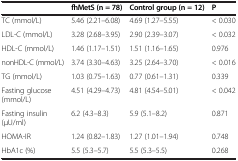
|  | fhMetS (n = 78) | Control group (n = 12) | P |
 | --- | --- | --- | --- |
 | TC (mmol/L) | 5.46 (2.21–6.08) | 4.69 (1.27–5.55) | < 0.030 |
 | LDL-C (mmol/L) | 3.28 (2.68–3.95) | 2.90 (2.39–3.07) | < 0.032 |
 | HDL-C (mmol/L) | 1.46 (1.17–1.51) | 1.51 (1.16–1.65) | 0.976 |
 | nonHDL-C (mmol/L) | 3.74 (3.30–4.63) | 3.25 (2.64–3.70) | < 0.016 |
 | TG (mmol/L) | 1.03 (0.75–1.63) | 0.77 (0.61–1.31) | 0.339 |
 | Fasting glucose (mmol/L) | 4.51 (4.29–4.73) | 4.81 (4.54–5.01) | < 0.042 |
 | Fasting insulin (μU/ml) | 6.2 (4.3–8.3) | 5.9 (5.1–8.2) | 0.871 |
 | HOMA-IR | 1.24 (0.82–1.83) | 1.27 (1.01–1.94) | 0.748 |
 | HbA1c (%) | 5.5 (5.3–5.7) | 5.5 (5.3–5.5) | 0.268 |